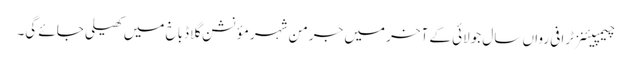
چیمپیئنز ٹرافی رواں سال جولائی کے آخر میں جرمن شہر مؤنشن گلاڈباخ میں کھیلی جائے گی۔